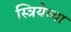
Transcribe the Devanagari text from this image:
स्त्रियेच्या